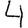
Digit: 4